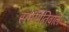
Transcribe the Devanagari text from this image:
सममितिवाले